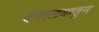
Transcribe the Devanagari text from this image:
देवालयातून